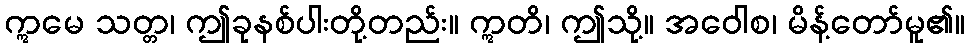
ဣမေ သတ္တ၊ ဤခုနစ်ပါးတို့တည်း။ ဣတိ၊ ဤသို့။ အဝေါစ၊ မိန့်တော်မူ၏။